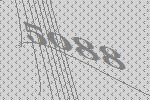
5088